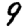
Digit: 9